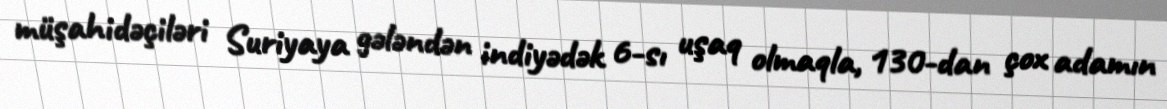
müşahidəçiləri Suriyaya gələndən indiyədək 6-sı uşaq olmaqla, 130-dan çox adamın